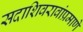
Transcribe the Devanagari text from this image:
सदाशिवरावांप्रमाणेे